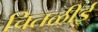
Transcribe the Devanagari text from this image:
चितळीई